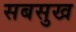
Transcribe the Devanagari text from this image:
सबसुख